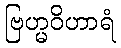
ဗြဟ္မဝိဟာရံ